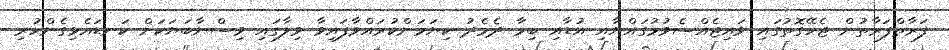
ފަރާތްފަރާތުން ޖެހޭގޮތުގައި ވައިޖެއްސެވުމުގައްޔާއި އުޑާއި ބިމާ ދެމެދު ކިޔަމަންކުރައްވާފައިވާ ވިލާގައި ވިސްނާބަޔަކަށް ކަނޑައެޅިގެންހުރި